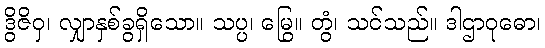
ဒွိဇိဝှ၊ လျှာနှစ်ခွရှိသော။ သပ္ပ၊ မြွေ။ တွံ၊ သင်သည်။ ဒါဌာဝုဓော၊